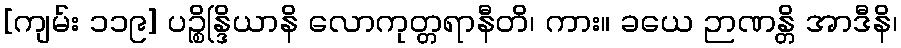
[ကျမ်း ၁၁၉] ပဉ္စိန္ဒြိယာနိ လောကုတ္တရာနီတိ၊ ကား။ ခယေ ဉာဏန္တိ အာဒီနိ၊